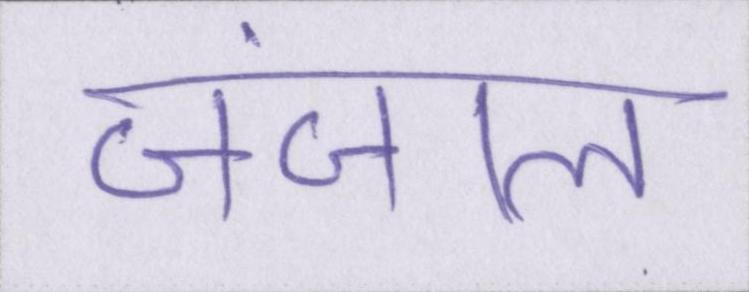
जंजाल